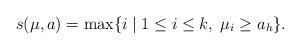
LaTeX: \begin{align*}s(\mu,a)=\max\{i\mid 1\leq i\leq k,\;\mu_i\geq a_h\}.\end{align*}